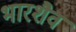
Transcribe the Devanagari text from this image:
भारशैव